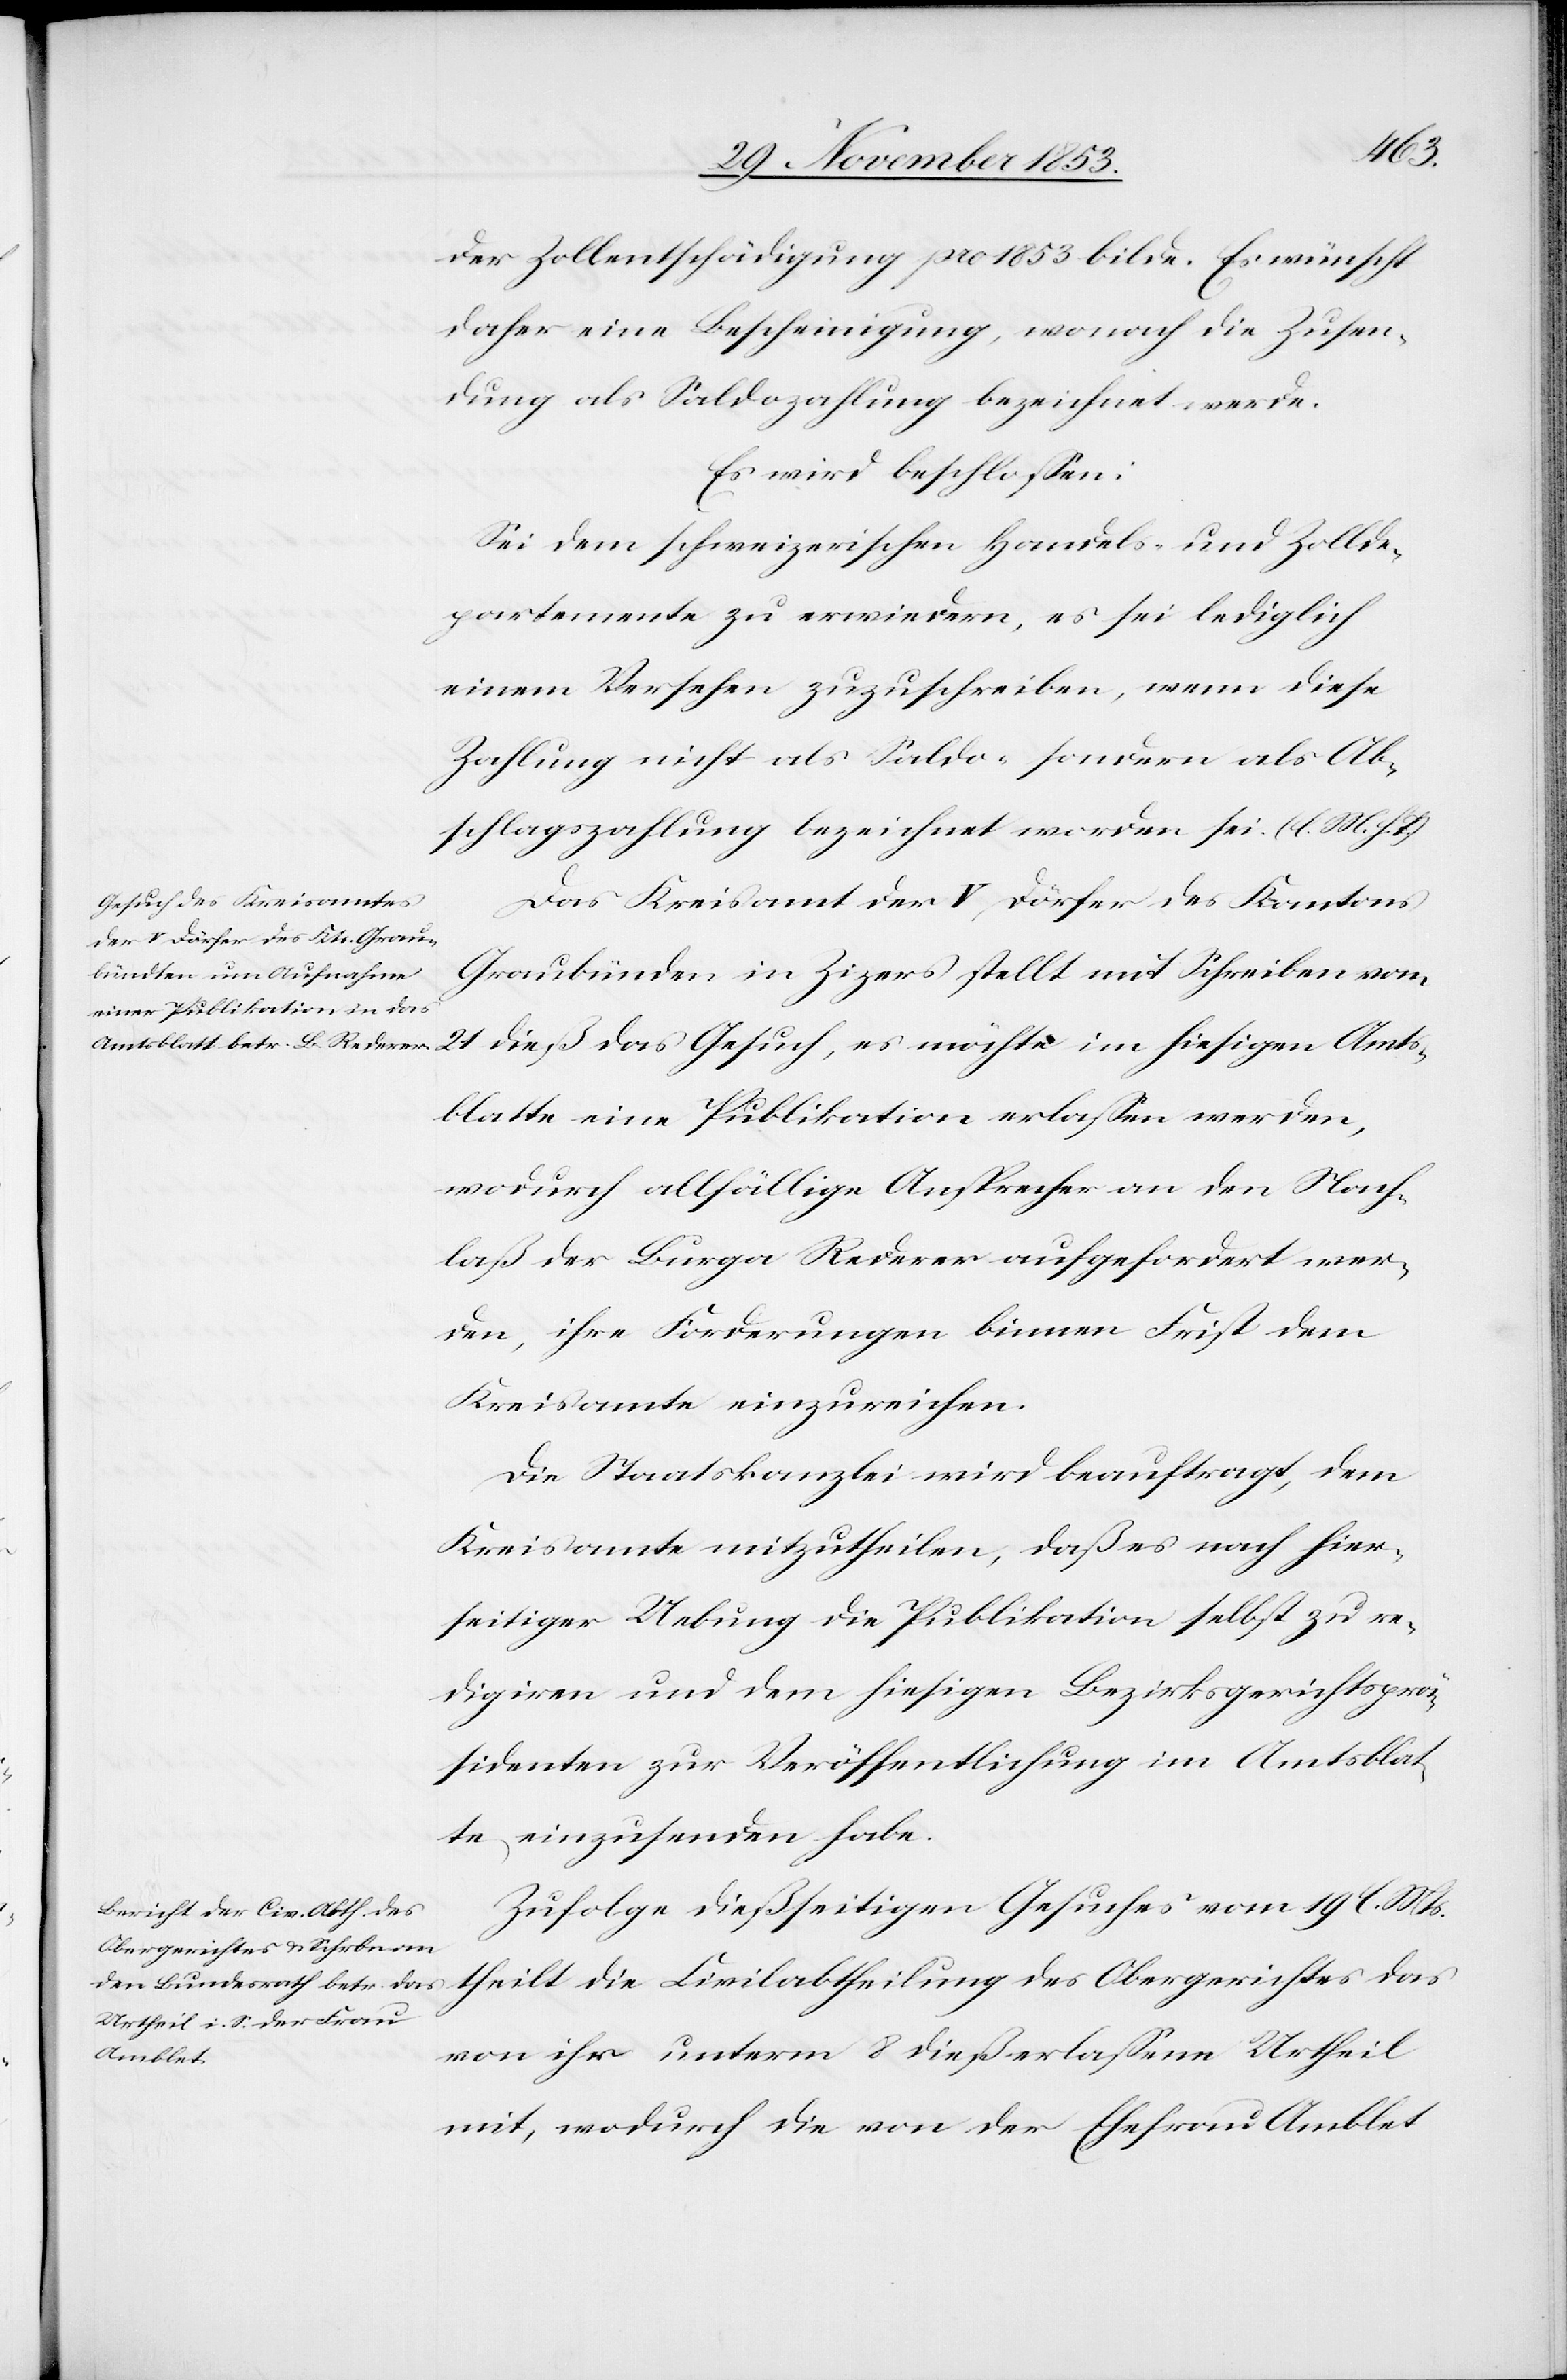
der Zollentschädigung pro 1853 bilde. Es wünscht
daher eine Bescheinigung, wonach die Zusen¬
dung als Saldozahlung bezeichnet werde.
Es wird beschloßen:
Sei dem schweizerischen Handels- und Zollde¬
partemente zu erwiedern, es sei lediglich
einem Versehen zuzuschreiben, wenn diese
Zahlung nicht als Saldo- sondern als Ab¬
schreibungszahlung bezeichnet worden sei. [l. M. h. T]
Das Kreisamt der V, Dörfer des Kantons
Graubünden in Zigers stellt mit Schreiben vom
21 dieß das Gesuch, es möchte im hiesigen Amts¬
blatte eine Publikation erlaßen werden,
wodurch allfällige Ansprecher an den Nach¬
laß der Burga Roderer aufgefordert wer¬
den, ihre Forderungen binnen Frist dem
Kreisamte einzureichen.
Die Staatskanzlei wird beauftragt, dem
Kreisamte mitzutheilen, daß es nach hier¬
seitiger Uebung die Publikation selbst zu re¬
digiren und dem hiesigen Bezirksgerichtsprä¬
sidenten zur Veröffentlichung im Amtsblat¬
te einzusenden habe.
Zufolge dießseitigen Gesuches vom 19 l. Mts.
von ihr unterm 8 dieß erlaßene Urtheil
theilt
mit, wodurch die von der Ehefrau Amblet